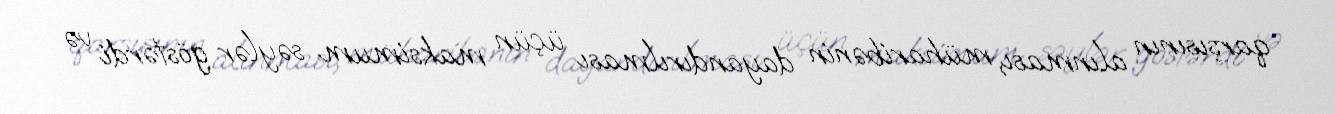
qarşısının alınması, müharibənin dayandırılması üçün maksimum səylər göstərdi və